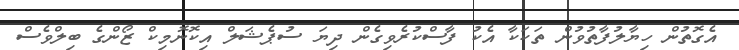
އެގޮތުން ހިޔާލުފާތުވުން ތަކަކާ އެކު ފާސްކުރެވިގެން ދިޔަ ސުޕެޝަލް އިކޮނޮމިކް ޒޯންގެ ބިލްވެސް